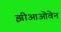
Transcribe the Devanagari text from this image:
झीआओवेन